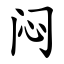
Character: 闷